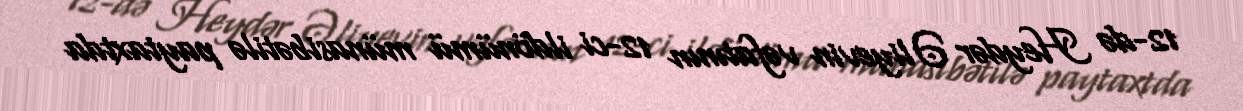
12-də Heydər Əliyevin vəfatının 12-ci ildönümü münasibətilə paytaxtda